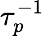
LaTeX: \tau_{p}^{-1}